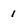
Character: 1